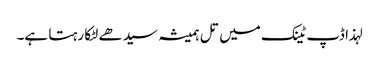
لہذا ڈپ ٹینک میں تل ہمیشہ سیدھے لٹکا رہتا ہے۔